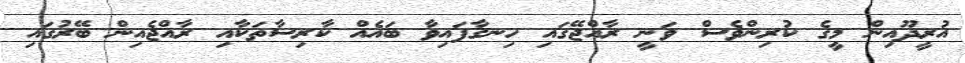
އުރީދޫއިން މީގެ ކުރިންވެސް ވަނީ ރާއްޖޭގައި ހިނގާފައިވާ ބައެއް ކާރިސާތަކާއި ރާއްޖެއިން ބޭރުގައި